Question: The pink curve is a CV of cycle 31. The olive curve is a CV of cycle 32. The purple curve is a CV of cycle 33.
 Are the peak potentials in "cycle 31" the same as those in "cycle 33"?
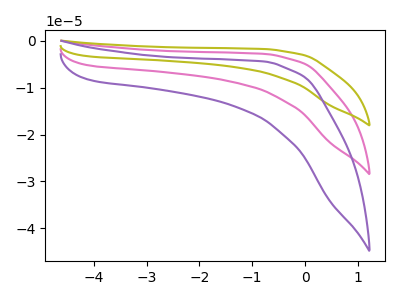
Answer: <think>The pink curve "cycle 31" has no peaks. The olive curve "cycle 32" has no peaks. The purple curve "cycle 33" has no peaks.</think>
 <answer>Niether CV has any peaks.</answer>
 <eval>blanks</eval>